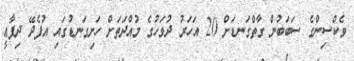
ވެކްސިންގެ ސަބަބުން ގާތްގަނޑަށް 20 އަހަރު ދުވަހުގެ މުއްދަތަށް ހަށިގަނޑުގައި އުފެދޭ ދިފާޢީ